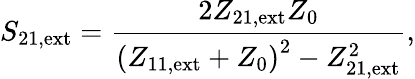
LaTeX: S_{\mathrm{21,ext}}=\frac{2Z_{\mathrm{21,ext}}Z_{0}}{\left(Z_{\mathrm{11,ext}}+Z_{0}\right)^{2}-Z_{\mathrm{21,ext}}^{2}},